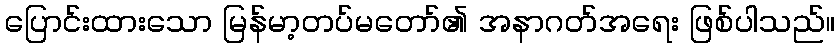
ပြောင်းထားသော မြန်မာ့တပ်မတော်၏ အနာဂတ်အရေး ဖြစ်ပါသည်။